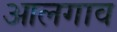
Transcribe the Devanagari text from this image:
आलगाव